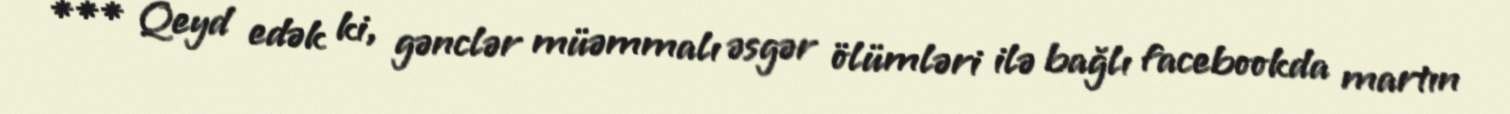
*** Qeyd edək ki, gənclər müəmmalı əsgər ölümləri ilə bağlı facebookda martın